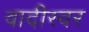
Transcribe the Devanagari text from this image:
वादीस्वर